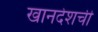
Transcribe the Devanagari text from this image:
खानदेशची